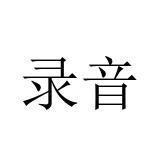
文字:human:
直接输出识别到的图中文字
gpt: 录音